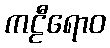
ကဠီရောဝ